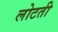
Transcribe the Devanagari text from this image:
लोटती